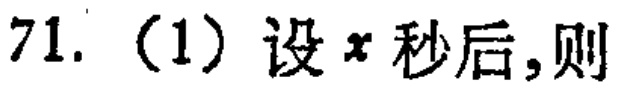
71. (1) 设\(x\)秒后,则